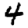
Digit: 4